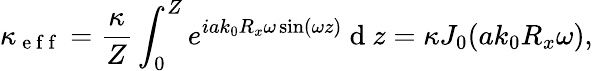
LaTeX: \kappa_{\mathrm{~e~f~f~}}=\frac{\kappa}{Z}\int_{0}^{Z}e^{iak_{0}R_{x}\omega\sin(\omega z)}\mathrm{~d~}z=\kappa J_{0}(ak_{0}R_{x}\omega),